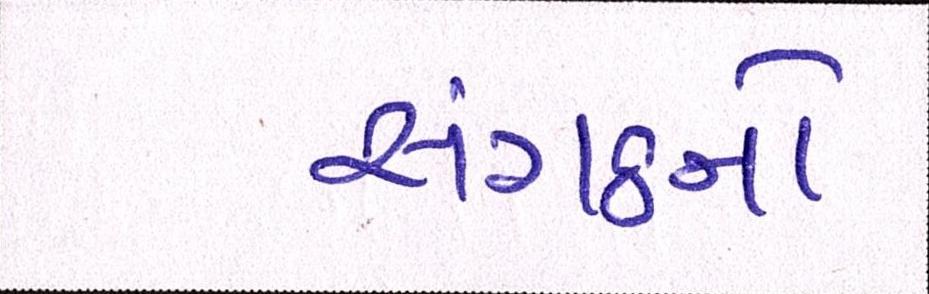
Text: સંગઠનો